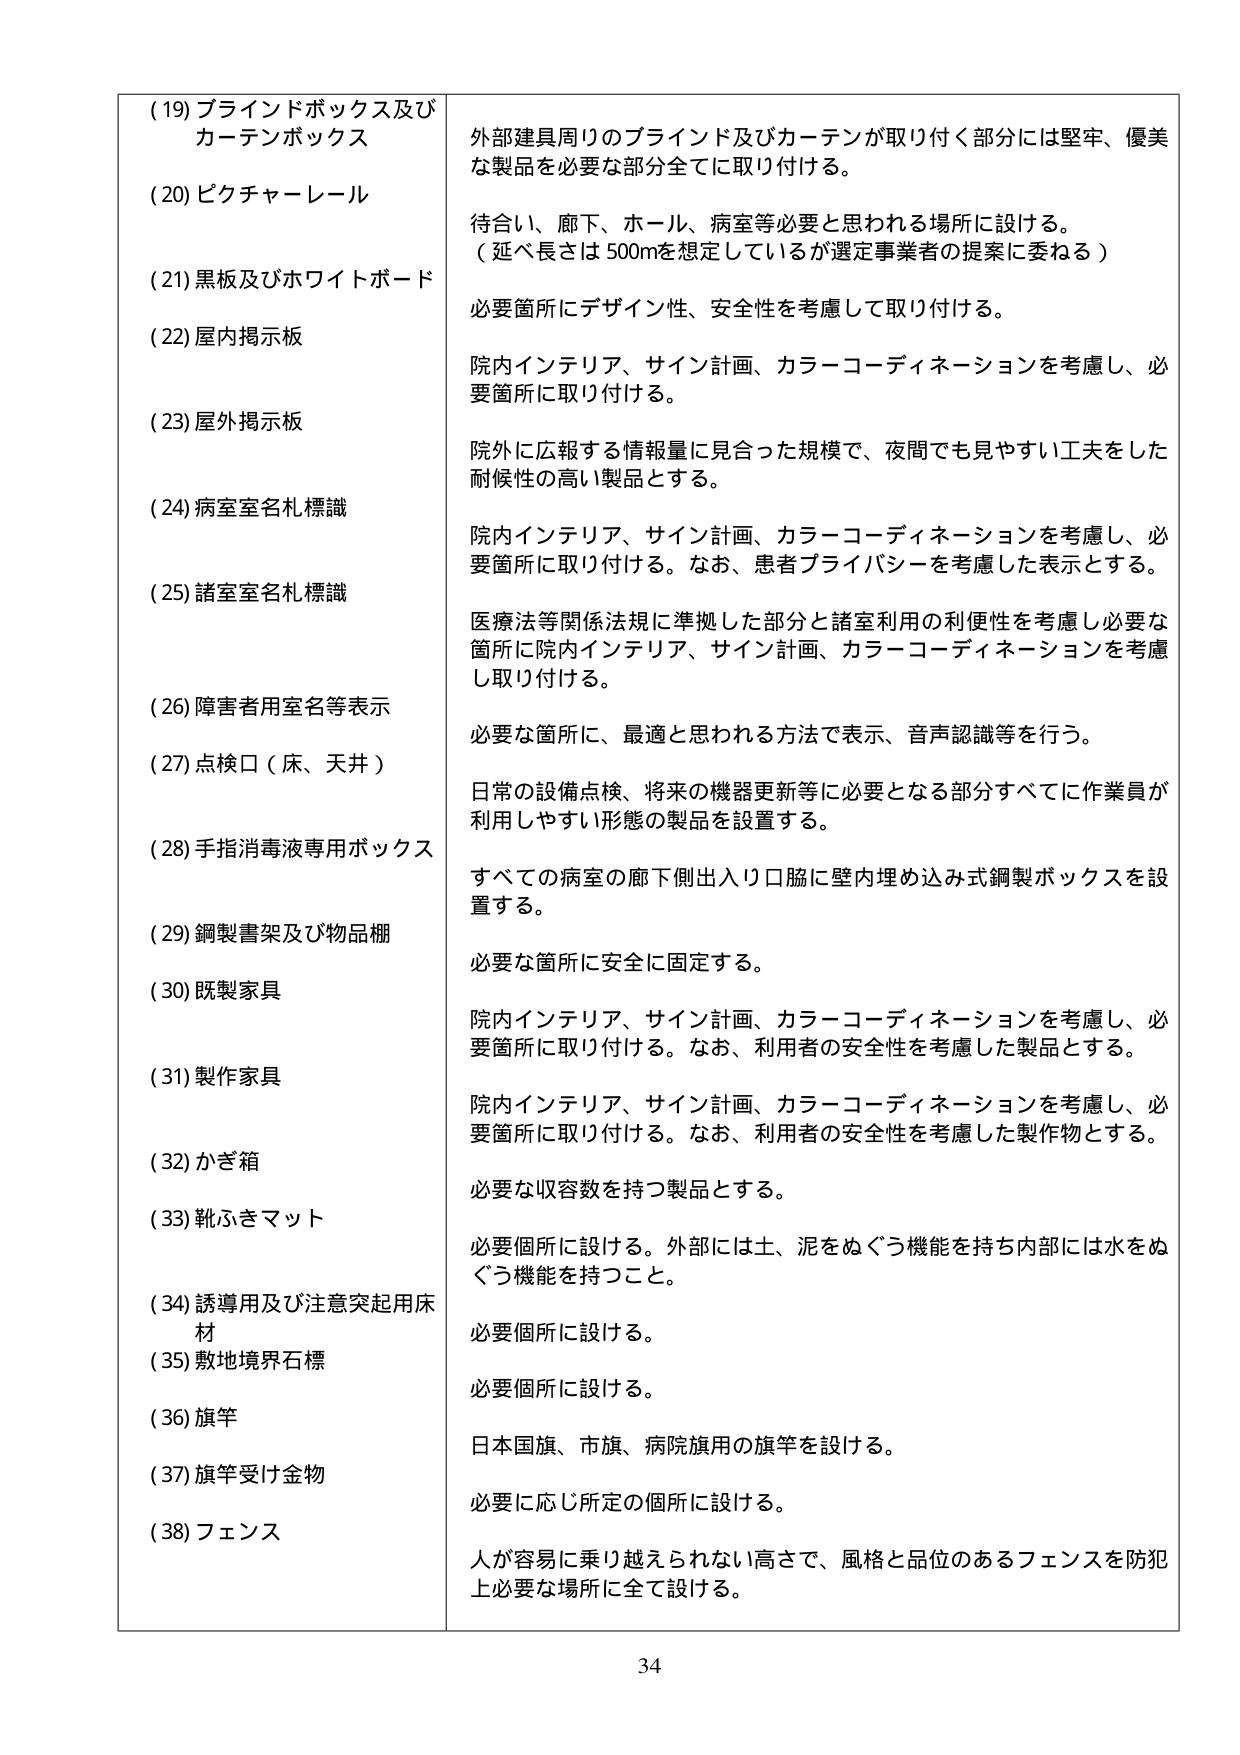
(19) ブラインドボックス及び
カーテンボックス

(20) ピクチャーレール

(21) 黒板及びホワイトボード

(22) 屋内掲示板

(23) 屋外掲示板

(24) 病室室名札標識

(25) 諸室室名札標識

(26) 障害者用室名等表示

(27) 点検口（床、天井）

(28) 手指消毒液専用ボックス

(29) 鋼製書架及び物品棚

(30) 既製家具

(31) 製作家具

(32) かぎ箱

(33) 靴ふきマット

(34) 誘導用及び注意突起用床材

(35) 敷地境界石標

(36) 旗竿

(37) 旗竿受け金物

(38) フェンス

外部建具周りのブラインド及びカーテンが取り付く部分には堅牢、優美な製品を必要な部分全てに取り付ける。

待合い、廊下、ホール、病室等必要と思われる場所に設ける。
（延べ長さは500mを想定しているが選定事業者の提案に委ねる）

必要箇所にデザイン性、安全性を考慮して取り付ける。

院内インテリア、サイン計画、カラーコーディネーションを考慮し、必要箇所に取り付ける。

院外に広報する情報量に見合った規模で、夜間でも見やすい工夫をした耐候性の高い製品とする。

院内インテリア、サイン計画、カラーコーディネーションを考慮し、必要箇所に取り付ける。なお、患者プライバシーを考慮した表示とする。

医療法等関係法規に準拠した部分と諸室利用の利便性を考慮し必要箇所に院内インテリア、サイン計画、カラーコーディネーションを考慮し取り付ける。

必要な箇所に、最適と思われる方法で表示、音声認識等を行う。

日常の設備点検、将来の機器更新等に必要となる部分すべてに作業員が利用しやすい形態の製品を設置する。

すべての病室の廊下側出入口脇に壁内埋め込み式鋼製ボックスを設置する。

必要な箇所に安全に固定する。

院内インテリア、サイン計画、カラーコーディネーションを考慮し、必要箇所に取り付ける。なお、利用者の安全性を考慮した製品とする。

院内インテリア、サイン計画、カラーコーディネーションを考慮し、必要箇所に取り付ける。なお、利用者の安全性を考慮した製作物とする。

必要な収容数を持つ製品とする。

必要個所に設ける。外部には土、泥をぬぐう機能を持ち内部には水をぬぐう機能を持つこと。

必要個所に設ける。

必要個所に設ける。

日本国旗、市旗、病院旗用の旗竿を設ける。

必要に応じ所定の個所に設ける。

人が容易に乗り越えられない高さで、風格と品位のあるフェンスを防犯上必要な場所に全て設ける。

34